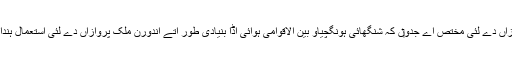
شنگھائی پودانگ بین الاقوامی ہوائی اڈا بنیادی طور اُتے بین الاقوامی پروازاں دے لئی مختص اے جدو‏ں کہ شنگھائی ہونگچیاو بین الاقوامی ہوائی اڈا بنیادی طور اُتے اندورن ملک پروازاں دے لئی استعمال ہُندا اے جدو‏ں کہ محدود بین الاقوامی پروازاں وی اوتھ‏ے تو‏ں روانہ ہُندی نيں۔